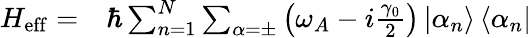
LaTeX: \begin{array}{rl}{H_{\mathrm{eff}}=}&{{}\hbar\sum_{n=1}^{N}\sum_{\alpha=\pm}\left(\omega_{A}-i\frac{\gamma_{0}}{2}\right)\left|\alpha_{n}\right\rangle\left\langle\alpha_{n}\right|}\end{array}